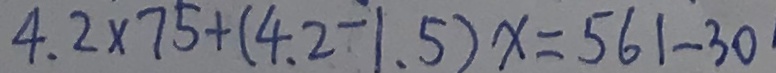
4 . 2 \times 7 5 + ( 4 . 2 - 1 . 5 ) x = 5 6 1 - 3 0